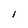
Character: i